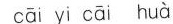
cai yi cai huà